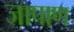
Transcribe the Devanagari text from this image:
जापाण